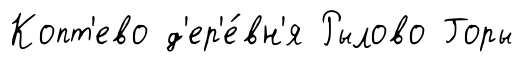
Копт'ево д'ер'е́вн'я Рылово Горы